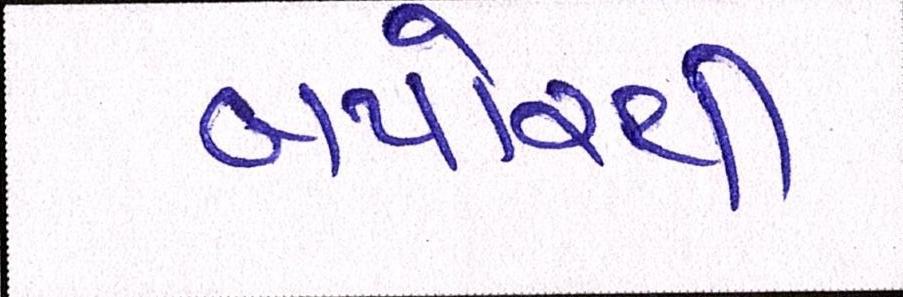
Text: બપોરથી